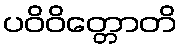
ပဝိဝိတ္တောတိ